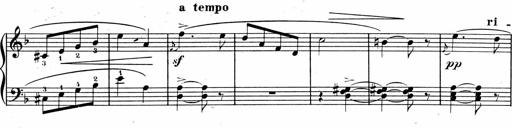
Title: 1Ã¨re Sonatine
Composer: FrÃ©dÃ©ric Binet